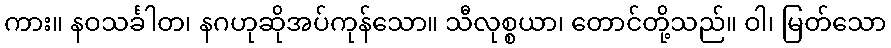
ကား။ နဝသင်္ခါတ၊ နဂဟုဆိုအပ်ကုန်သော။ သီလုစ္စယာ၊ တောင်တို့သည်။ ဝါ၊ မြတ်သော